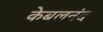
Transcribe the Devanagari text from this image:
केबलनंद